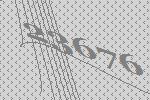
23676